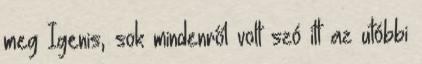
meg Igenis, sok mindenről volt szó itt az utóbbi